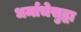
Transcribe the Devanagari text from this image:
धर्माचेसुद्धा